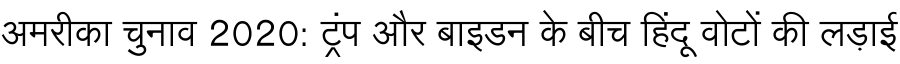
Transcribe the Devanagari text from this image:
अमरीका चुनाव 2020: ट्रंप और बाइडन के बीच हिंदू वोटों की लड़ाई